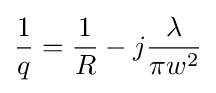
{\frac {1}{q}}={\frac {1}{R}}-j{\frac {\lambda }{\pi w^{2}}}